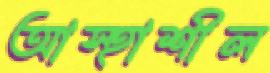
আস্হাশীল